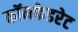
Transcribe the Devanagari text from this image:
कॉनफेडरेट